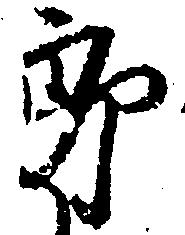
郎